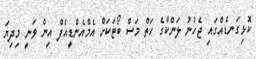
ކޮޅިގަނޑެއްގައި ޖެހުނު ލަންކާގެ ހަތް މަސް ބޯޓަކަށް އެމްއެންޑީއެފް އިން ވަނީ މިިދިޔަ